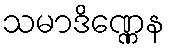
သမာဒိဏ္ဏေန